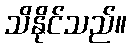
သိနိုင်သည်။